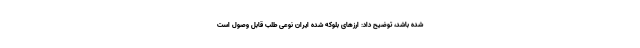
شده باشد، توضیح داد: ارزهای بلوکه شده ایران نوعی طلب قابل وصول است